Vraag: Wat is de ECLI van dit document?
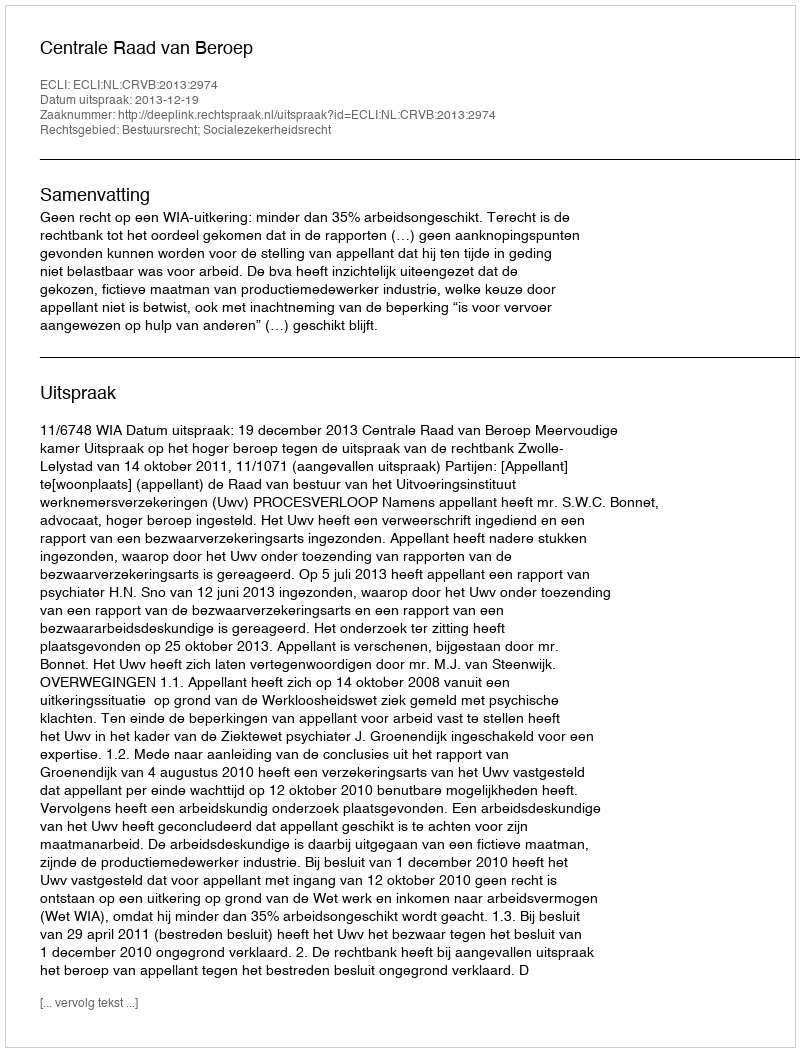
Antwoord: ECLI:NL:CRVB:2013:2974